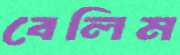
বেলিম